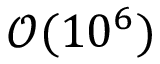
{ \mathcal O } ( 1 0 ^ { 6 } )